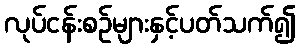
လုပ်ငန်းစဉ်များနှင့်ပတ်သက်၍